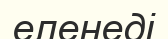
еленеді